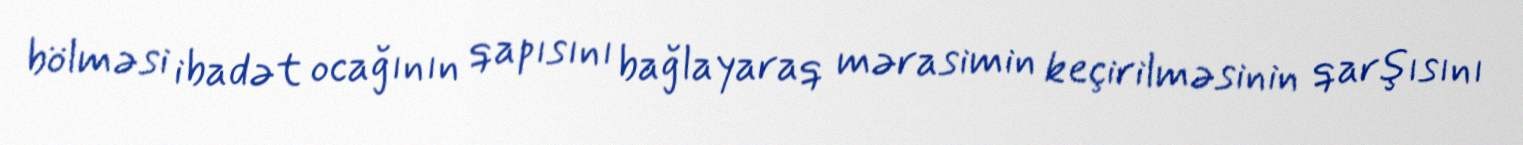
bölməsi ibadət ocağının qapısını bağlayaraq mərasimin keçirilməsinin qarşısını